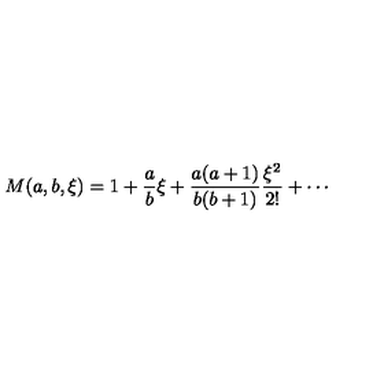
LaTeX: M ( a , b , \xi ) = 1 + { \frac { a } { b } } \xi + { \frac { a ( a + 1 ) } { b ( b + 1 ) } } { \frac { \xi ^ { 2 } } { 2 ! } } + \cdots